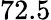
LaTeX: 72.5